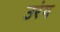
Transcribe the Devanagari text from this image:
उरंग